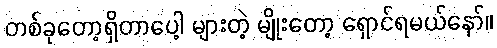
တစ်ခုတော့ရှိတာပေါ့ များတဲ့ မျိုးတော့ ရှောင်ရမယ်နော်။